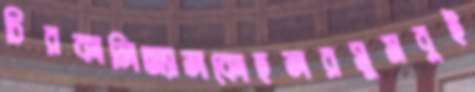
চিরকালিঅ্যালকোহলরসুমবুই